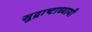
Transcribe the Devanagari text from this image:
सुद्राष्टाध्यायी